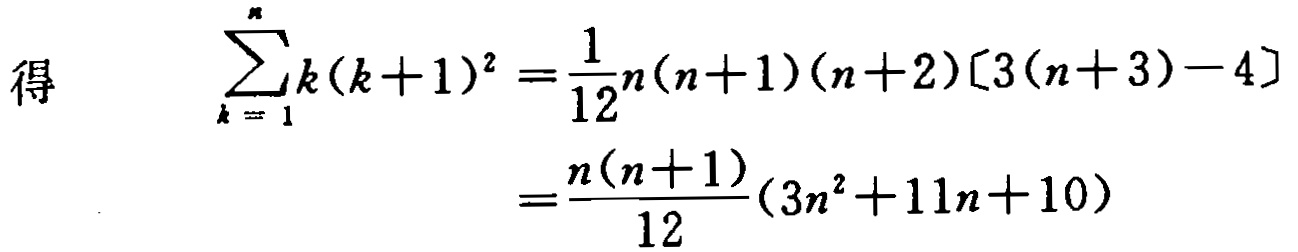
\[

\begin{align*}

\sum_{k = 1}^{n}k(k + 1)^{2}&=\frac{1}{12}n(n + 1)(n + 2)[3(n + 3)-4]\\

&=\frac{n(n + 1)}{12}(3n^{2}+11n + 10)

\end{align*}

\]